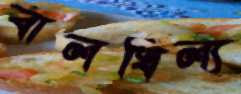
বালখিল্য